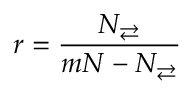
r = \frac { N _ { \rightleftarrows } } { m N - N _ { \rightleftarrows } }